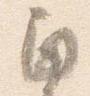
角